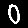
Digit: 0